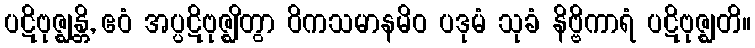
ပဋိဗုဇ္ဈန္တိ, ဧဝံ အပ္ပဋိဗုဇ္ဈိတွာ ဝိကသမာနမိဝ ပဒုမံ သုခံ နိဗ္ဗိကာရံ ပဋိဗုဇ္ဈတိ။